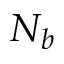
N _ { b }